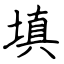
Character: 填